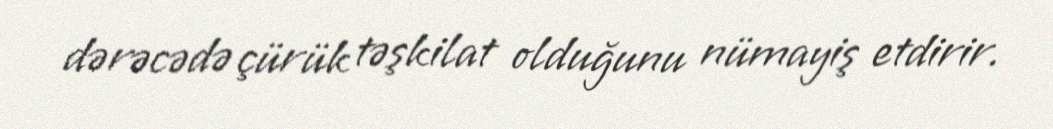
dərəcədə çürük təşkilat olduğunu nümayiş etdirir.